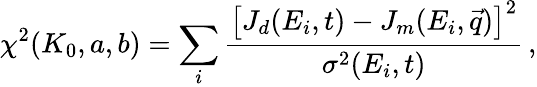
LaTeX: \chi^{2}(K_{0},a,b)=\sum_{i}\frac{\left[J_{d}(E_{i},t)-J_{m}(E_{i},\vec{q})\right]^{2}}{\sigma^{2}(E_{i},t)}\, ,